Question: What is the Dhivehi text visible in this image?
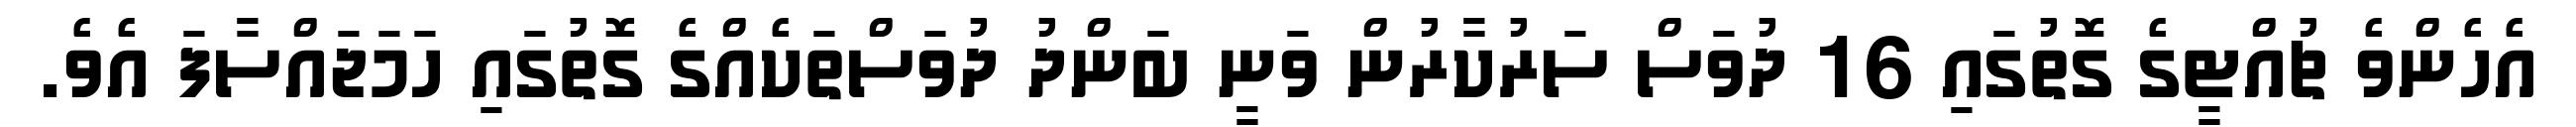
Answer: އެހެންވެ ޗުއްޓީގެ ގޮތުގައި 16 ދުވަސް ސަރުކާރުން ވަނީ ބަންދު ދުވަސްތަކެއްގެ ގޮތުގައި ހަމަޖައްސާފަ އެވެ.